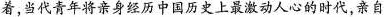
着，当代青年将亲身经历中国历史上最激动人心的时代，亲自